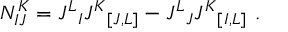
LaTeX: N _ { I J } ^ { K } = J ^ { L } { } _ { I } J ^ { K } { } _ { [ J , L ] } - J ^ { L } { } _ { J } J ^ { K } { } _ { [ I , L ] } \ .